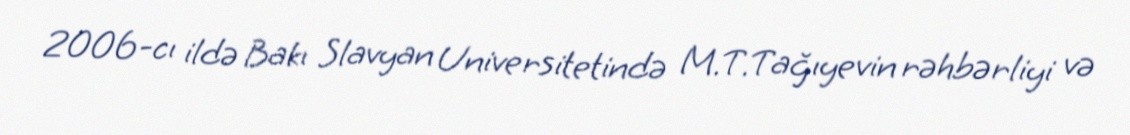
2006-cı ildə Bakı Slavyan Universitetində M.T.Tağıyevin rəhbərliyi və